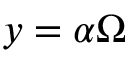
y = \alpha \Omega